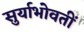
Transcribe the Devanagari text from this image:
सुर्याभोवतीं